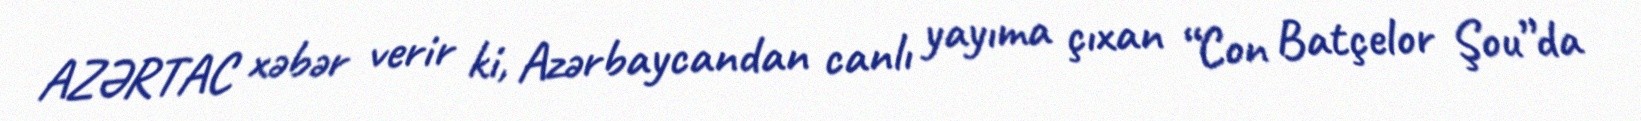
AZƏRTAC xəbər verir ki, Azərbaycandan canlı yayıma çıxan “Con Batçelor Şou”da